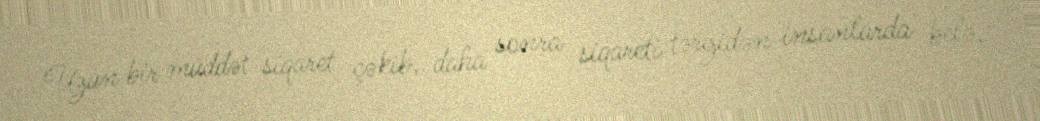
Uzun bir müddət siqaret çəkib, daha sonra siqareti tərgidən insanlarda belə,